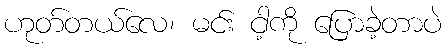
ဟုတ်တယ်လေ၊ မင်း ငါ့ကို ပြောခဲ့တာပဲ